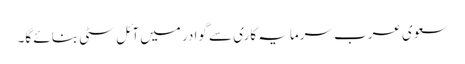
سعوی عرب سرمایہ کاری سے گوادر میں آئل سٹی بنائے گا۔